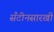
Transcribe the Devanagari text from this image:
सँटीनसारखी